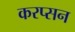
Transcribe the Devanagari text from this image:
करप्सन